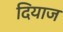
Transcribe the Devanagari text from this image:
दियाज